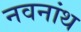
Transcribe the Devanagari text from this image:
नवनांथ